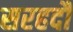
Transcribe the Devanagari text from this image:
सरहदौं